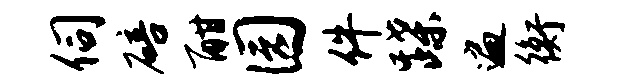
伺碚酣园件蹀遍衡